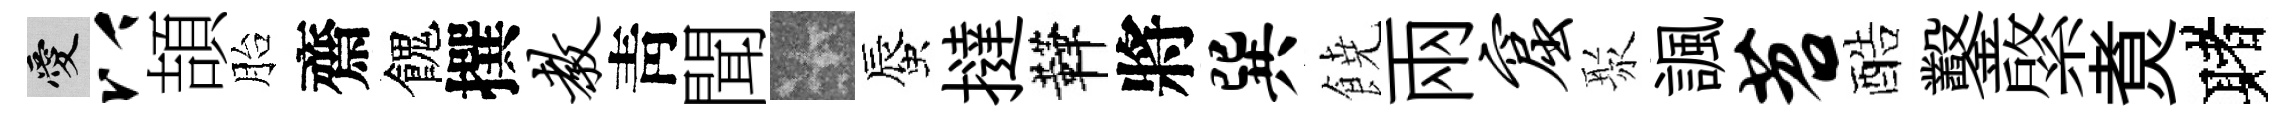
愛以頡胎齋餽撰教靑聞卡蜃撻鞾將巽𩜙兩窟聚諷苕酷鑿綮煑赌